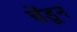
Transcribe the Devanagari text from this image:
चेंडून